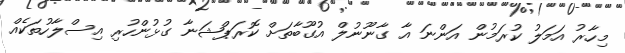
މިހާރު އަމަލު ކުރަމުން އަންނަ އާ ގާނޫނުލް އުގޫބާތަށް ކޮރަޕްޝަނާ ގުޅުންހުރި އިސްލާހުތަކެއް